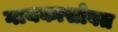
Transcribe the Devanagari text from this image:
गायकासोबत